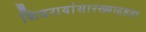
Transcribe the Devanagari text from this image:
शिवरायांसारख्याद्रष्टय़ा